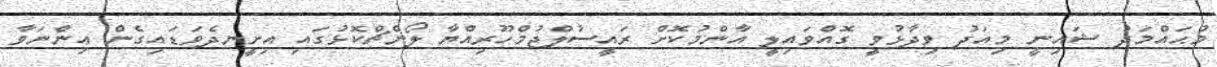
މުޙައްމަދު ޝައިނީ މިއަދު ވިދާޅުވީ ގޮއްވައިލީ އާންމުކޮށް ރައީސުލްޖުމްހޫރިއްޔާ ލޯންޗްކޮޅުގައި އިށީނދެވަޑައިގެން އިންނަވާ